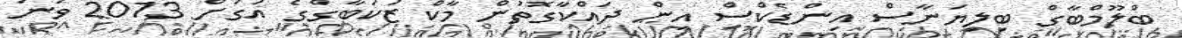
ބްލޫމްބާގް ބިލިޔަނާސް އިންޑެކްސް އިން ދައްކާގޮތުން މާކް ޒަކަބާގްގެ އަގަށް 2013 ވަނަ